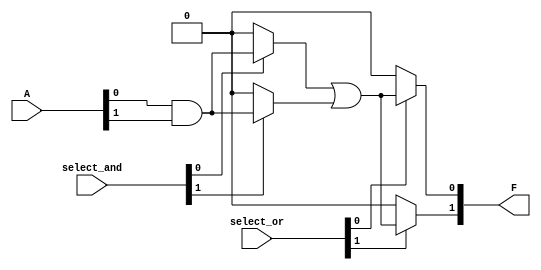
module PLA (
    input wire [n-1:0] A,           // Input signals A[n-1:0]
    input wire [m-1:0] select_and,  // Select lines for AND gates
    input wire [k-1:0] select_or,   // Select lines for OR gates
    output wire [p-1:0] F           // Output signals F[p-1:0]
);

// Parameters
parameter n = 4; // Number of inputs
parameter m = 4; // Number of AND gates
parameter k = 2; // Number of OR gates
parameter p = 2; // Number of outputs

// Internal signals for AND gate outputs
wire [m-1:0] P; // Product terms from AND gates

// AND Array
genvar i;
generate
    for (i = 0; i < m; i = i + 1) begin : and_array
        assign P[i] = (select_and[i] == 1'b1) ? (A[0] & A[1]) : 1'b0; // Example logic
        // You can modify the logic based on your requirements
        // For example, use A[0], A[1], A[2], A[3] and their complements
    end
endgenerate

// OR Array
genvar j;
generate
    for (j = 0; j < p; j = j + 1) begin : or_array
        assign F[j] = (select_or[j] == 1'b1) ? (P[0] | P[1]) : 1'b0; // Example logic
        // You can modify the logic based on your requirements
        // For example, choose which P[i] terms to OR together
    end
endgenerate

endmodule